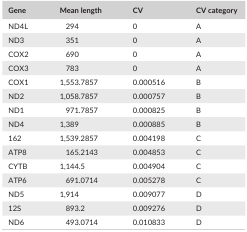
<table><thead><tr><td><b>Gene</b></td><td><b>Mean length</b></td><td><b>CV</b></td><td><b>CV category</b></td></tr></thead><tbody><tr><td>ND4L</td><td>294</td><td>0</td><td>A</td></tr><tr><td>ND3</td><td>351</td><td>0</td><td>A</td></tr><tr><td>COX2</td><td>690</td><td>0</td><td>A</td></tr><tr><td>COX3</td><td>783</td><td>0</td><td>A</td></tr><tr><td>COX1</td><td>1,553.7857</td><td>0.000516</td><td>B</td></tr><tr><td>ND2</td><td>1,058.7857</td><td>0.000757</td><td>B</td></tr><tr><td>ND1</td><td>971.7857</td><td>0.000825</td><td>B</td></tr><tr><td>ND4</td><td>1,389</td><td>0.000885</td><td>B</td></tr><tr><td>162</td><td>1,539.2857</td><td>0.004198</td><td>C</td></tr><tr><td>ATP8</td><td>165.2143</td><td>0.004853</td><td>C</td></tr><tr><td>CYTB</td><td>1,144.5</td><td>0.004904</td><td>C</td></tr><tr><td>ATP6</td><td>691.0714</td><td>0.005278</td><td>C</td></tr><tr><td>ND5</td><td>1,914</td><td>0.009077</td><td>D</td></tr><tr><td>12S</td><td>893.2</td><td>0.009276</td><td>D</td></tr><tr><td>ND6</td><td>493.0714</td><td>0.010833</td><td>D</td></tr></tbody></table>